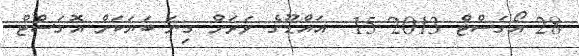
28 އޯގަސްޓް 2013 15  އައްޑޫގެ ވަރަށް ގިނަ ބަޔަކަށް އޮގަސްޓް